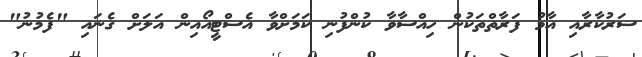
ސަރުކާރާއި އާމު ފަރާތްތަކުން ހިއްސާވާ ކުންފުނި ކަމަށްވާ އެސްޓީއޯއިން އަލަށް ގެނައި "ފެމުނު"